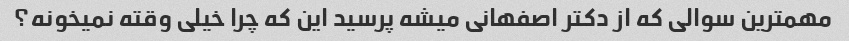
مهمترین سوالی که از دکتر اصفهانی میشه پرسید این که چرا خیلی وقته نمیخونه؟